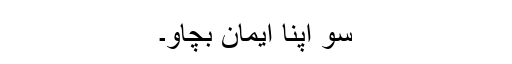
سو اپنا ایمان بچاو۔